Report of the Bombay Veterinary College
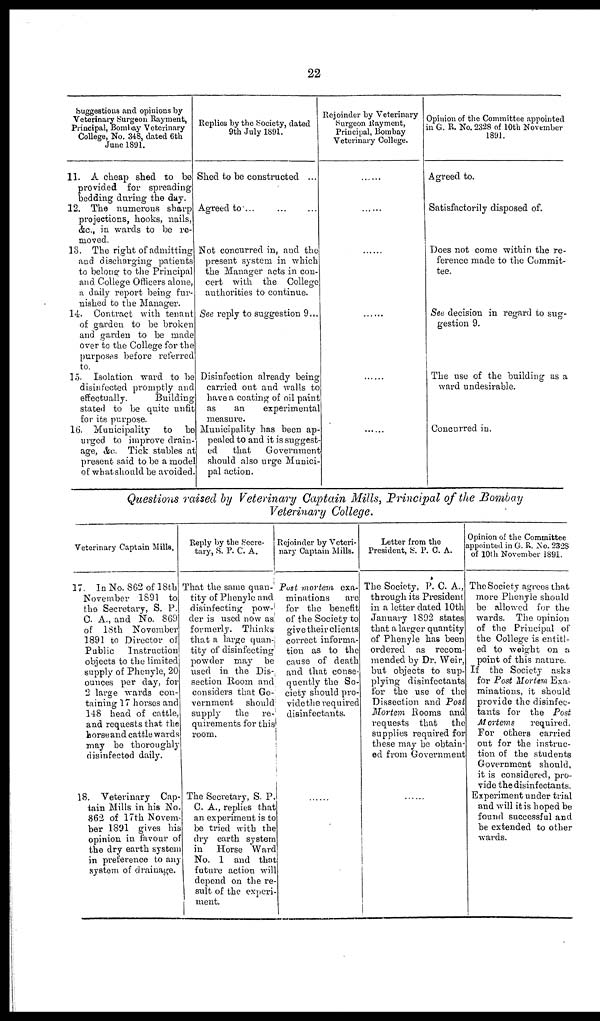
22
Suggestions and opinions by
Veterinary Surgeon Rayment,
Principal, Bombay Veterinary
College, No. 348, dated 6th
June 1891.
11. A cheap shed to be
provided for spreading
bedding during the day.
12. The numerous sharp
projections, hooks, nails,
&c., in wards to be re-
moved.
13. The right of admitting
and discharging patients
to belong to the Principal
and College Officers alone,
a daily report being fur-
nished to the Manager.
14. Contract with tenant
of garden to be broken
and garden to be made
over to the College for the
purposes before referred
to.
15. Isolation ward to be
disinfected promptly and
effectually.
Building
stated to be quite unfit
for its purpose.
16. Municipality
to be
urged to improve drain-
age, &c. Tick stables at
present said to be a model
of what should be avoided
Replies by the Society, dated
9th July 1891.
Shed to be constructed ...
Agreed to...
Not concurred in, and the
present system in which
the Manager acts in con-
cert with the College
authorities to continue.
See reply to suggestion 9...
Disinfection already being
carried out and walls to
have a coating of oil paint
as
an
experimental
measure.
Municipality has been ap-
pealed to and it is suggest¬
ed
that
Government
should also urge Munici-
pal action.
Rejoinder by Veterinary
Surgeon Rayment,
Principal, Bombay
Veterinary College.
Opinion of the Committee appointed
in G. R. No. 2328 of 10th November
1891.
Agreed to.
Satisfactorily disposed of.
Does not come within the re-
ference made to the Commit-
tee.
See decision in regard to sug-
gestion 9.
The use of the building as a
ward undesirable.
Concurred in.
Questions raised by Veterinary Captain Mills, Principal of the Bombay
Veterinary College.
Veterinary Captain Mills.
17. In No. 862 of l8th
November 1891 to
the Secretary, S. P.
C. A., and No. 869
of 18th November
1891 to Director of
Public
Instruction
objects to the limited
supply of Phenyle, 20
ounces per day, for
2 large wards con-
taining 17 horses and
148 head of cattle,
and requests that the
horse and cattle wards
may be thoroughly
disinfected daily.
18. Veterinary Cap-
tain Mills in his No.
862 of 17th Novem-
ber 1891 gives his
opinion in favour of
the dry earth system
in preference to any
system of drainage.
Reply by the Secre-
tary, S. P. C. A.
That the same quan-
tity of Phenyle and
disinfecting pow¬
der is used now as
formerly. Thinks
that a large quan¬
tity of disinfecting
powder may be
used in the Dis¬
section Room and
considers that Go¬
vernment should
supply
the re-
quirements for this
room.
The Secretary, S. P.
C. A., replies that
an experiment is to
be tried with the
dry earth system
in Horse Ward
No. 1 and that
future action will
depend on the re¬
sult of the experi¬
ment.
Rejoinder by Veteri-
nary Captain Mills.
Post mortem exa-
minations
are
for the benefit
of the Society to
give their clients
correct informa-
tion as to the
cause of death
and that conse-
quently the So-
ciety should pro-
vide the required
disinfectants.
Letter from the
President, S. P. C. A.
The Society, P. C. A.,
through its President
in a letter dated 10th
January 1892 states
that a larger quantity
of Phenyle has been
ordered as recom-
mended by Dr. Weir,
but objects to sup-
plying disinfectants
for the use of the
Dissection and Post
Mortem Rooms and
requests that
the
supplies required for
these may be obtain-
ed from Government
Opinion of the Committee
appointed in G. R. No. 2328
of 10th November 1891.
The Society agrees that
more Phenyle should
be allowed for the
wards. The opinion
of the Principal of
the College is entitl-
ed to weight on a
point of this nature.
If the Society asks
for Post Mortem Exa-
minations, it should
provide the disinfec-
tants for the Post
Mortems
required.
For others carried
out for the instruc-
tion of the students
Government should,
it is considered, pro-
vide the disinfectants.
Experiment under trial
and will it is hoped be
found successful and
be extended to other
wards.